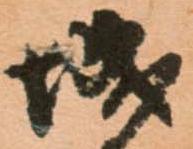
城